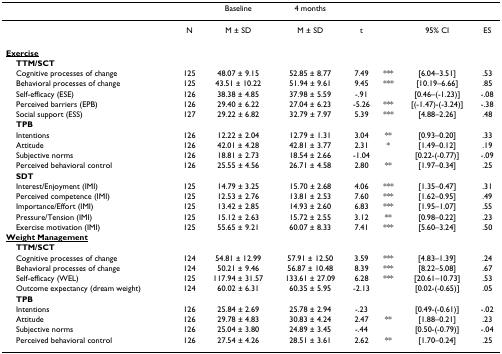
<table><thead><tr><td></td><td></td><td><b>Baseline</b></td><td><b>4 months</b></td><td></td><td></td><td></td><td></td></tr></thead><tbody><tr><td></td><td>N</td><td>M ± SD</td><td>M ± SD</td><td>t</td><td></td><td>95% CI</td><td>ES</td></tr><tr><td><underline><b>Exercise</b></underline></td><td></td><td></td><td></td><td></td><td></td><td></td><td></td></tr><tr><td> <b>TTM/SCT</b></td><td></td><td></td><td></td><td></td><td></td><td></td><td></td></tr><tr><td> Cognitive processes of change</td><td>125</td><td>48.07 ± 9.15</td><td>52.85 ± 8.77</td><td>7.49</td><td>***</td><td>[6.04–3.51]</td><td>.53</td></tr><tr><td> Behavioral processes of change</td><td>125</td><td>43.51 ± 10.22</td><td>51.94 ± 9.61</td><td>9.45</td><td>***</td><td>[10.19–6.66]</td><td>.85</td></tr><tr><td> Self-efficacy (ESE)</td><td>126</td><td>38.38 ± 4.85</td><td>37.98 ± 5.59</td><td>-.91</td><td></td><td>[0.46–(-1.23)]</td><td>-.08</td></tr><tr><td> Perceived barriers (EPB)</td><td>126</td><td>29.40 ± 6.22</td><td>27.04 ± 6.23</td><td>-5.26</td><td>***</td><td>[(-1.47)-(-3.24)]</td><td>-.38</td></tr><tr><td> Social support (ESS)</td><td>127</td><td>29.22 ± 6.82</td><td>32.79 ± 7.97</td><td>5.39</td><td>***</td><td>[4.88–2.26]</td><td>.48</td></tr><tr><td> <b>TPB</b></td><td></td><td></td><td></td><td></td><td></td><td></td><td></td></tr><tr><td> Intentions</td><td>126</td><td>12.22 ± 2.04</td><td>12.79 ± 1.31</td><td>3.04</td><td>**</td><td>[0.93–0.20]</td><td>.33</td></tr><tr><td> Attitude</td><td>126</td><td>42.01 ± 4.28</td><td>42.81 ± 3.77</td><td>2.31</td><td>*</td><td>[1.49–0.12]</td><td>.19</td></tr><tr><td> Subjective norms</td><td>126</td><td>18.81 ± 2.73</td><td>18.54 ± 2.66</td><td>-1.04</td><td></td><td>[0.22-(-0.77)]</td><td>-.09</td></tr><tr><td> Perceived behavioral control</td><td>126</td><td>25.55 ± 4.56</td><td>26.71 ± 4.58</td><td>2.80</td><td>**</td><td>[1.97–0.34]</td><td>.25</td></tr><tr><td> <b>SDT</b></td><td></td><td></td><td></td><td></td><td></td><td></td><td></td></tr><tr><td> Interest/Enjoyment (IMI)</td><td>125</td><td>14.79 ± 3.25</td><td>15.70 ± 2.68</td><td>4.06</td><td>***</td><td>[1.35–0.47]</td><td>.31</td></tr><tr><td> Perceived competence (IMI)</td><td>125</td><td>12.53 ± 2.76</td><td>13.81 ± 2.53</td><td>7.60</td><td>***</td><td>[1.62–0.95]</td><td>.49</td></tr><tr><td> Importance/Effort (IMI)</td><td>125</td><td>13.42 ± 2.85</td><td>14.93 ± 2.60</td><td>6.83</td><td>***</td><td>[1.95–1.07]</td><td>.55</td></tr><tr><td> Pressure/Tension (IMI)</td><td>125</td><td>15.12 ± 2.63</td><td>15.72 ± 2.55</td><td>3.12</td><td>**</td><td>[0.98–0.22]</td><td>.23</td></tr><tr><td> Exercise motivation (IMI)</td><td>125</td><td>55.65 ± 9.21</td><td>60.07 ± 8.33</td><td>7.41</td><td>***</td><td>[5.60–3.24]</td><td>.50</td></tr><tr><td><underline><b>Weight Management</b></underline></td><td></td><td></td><td></td><td></td><td></td><td></td><td></td></tr><tr><td> <b>TTM/SCT</b></td><td></td><td></td><td></td><td></td><td></td><td></td><td></td></tr><tr><td> Cognitive processes of change</td><td>124</td><td>54.81 ± 12.99</td><td>57.91 ± 12.50</td><td>3.59</td><td>***</td><td>[4.83–1.39]</td><td>.24</td></tr><tr><td> Behavioral processes of change</td><td>124</td><td>50.21 ± 9.46</td><td>56.87 ± 10.48</td><td>8.39</td><td>***</td><td>[8.22–5.08]</td><td>.67</td></tr><tr><td> Self-efficacy (WEL)</td><td>125</td><td>117.94 ± 31.57</td><td>133.61 ± 27.09</td><td>6.28</td><td>***</td><td>[20.61–10.73]</td><td>.53</td></tr><tr><td> Outcome expectancy (dream weight)</td><td>124</td><td>60.02 ± 6.31</td><td>60.35 ± 5.95</td><td>-2.13</td><td></td><td>[0.02-(-0.65)]</td><td>.05</td></tr><tr><td> <b>TPB</b></td><td></td><td></td><td></td><td></td><td></td><td></td><td></td></tr><tr><td> Intentions</td><td>126</td><td>25.84 ± 2.69</td><td>25.78 ± 2.94</td><td>-.23</td><td></td><td>[0.49-(-0.61)]</td><td>-.02</td></tr><tr><td> Attitude</td><td>126</td><td>29.78 ± 4.83</td><td>30.83 ± 4.24</td><td>2.47</td><td>**</td><td>[1.88–0.21]</td><td>.23</td></tr><tr><td> Subjective norms</td><td>126</td><td>25.04 ± 3.80</td><td>24.89 ± 3.45</td><td>-.44</td><td></td><td>[0.50-(-0.79)]</td><td>-.04</td></tr><tr><td> Perceived behavioral control</td><td>126</td><td>27.54 ± 4.26</td><td>28.51 ± 3.61</td><td>2.62</td><td>**</td><td>[1.70–0.24]</td><td>.25</td></tr></tbody></table>